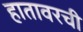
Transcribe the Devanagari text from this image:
हातावरची